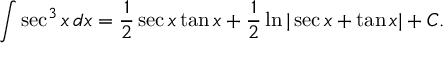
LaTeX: \int \sec ^ { 3 } { x } \, d x = { \frac { 1 } { 2 } } \sec x \tan x + { \frac { 1 } { 2 } } \ln | \sec x + \tan x | + C .